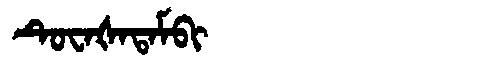
Manchu: ᡨᡠᠸᠠᡧᠠᡨᠠᠮᠪᡳ
Romanization: TUWAŠATAMBI